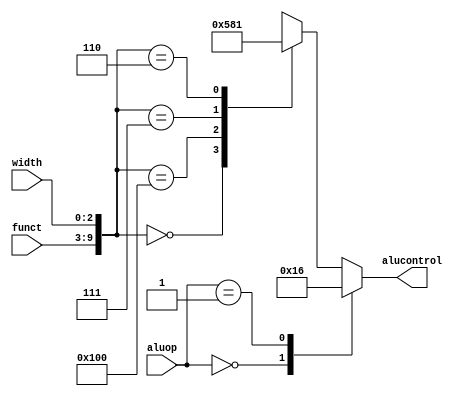
`timescale 1ns / 1ps
//////////////////////////////////////////////////////////////////////////////////
// Company: 
// Engineer: 
// 
// Design Name: 
// Module Name: alu_dec
// Project Name: 
// Target Devices: 
// Tool Versions: 
// Description: 
// 
// Dependencies: 
// 
// Revision:
// Revision 0.01 - File Created
// Additional Comments:
// 
//////////////////////////////////////////////////////////////////////////////////

module alu_dec(
input [6:0] funct,
input [2:0] width,
input [1:0]aluop,
output reg [2:0]alucontrol);

always@(*)
begin
case(aluop)
2'b00: alucontrol<=3'b010;  // add
2'b01: alucontrol<=3'b110;  // sub
default: case({funct,width})
        10'b0000000000: alucontrol<=3'b010;  // ADD
        10'b0100000000: alucontrol<=3'b110;  // SUB
        10'b0000000111: alucontrol<=3'b000; // AND
        10'b0000000110: alucontrol<=3'b001; // OR
        default: alucontrol<=3'bxxx;
        endcase
endcase
end
endmodule